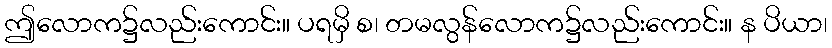
ဤလောက၌လည်းကောင်း။ ပရမှိ စ၊ တမလွန်လောက၌လည်းကောင်း။ န ပိယာ၊